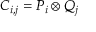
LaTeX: C _ { i , j } = P _ { i } \otimes Q _ { j }